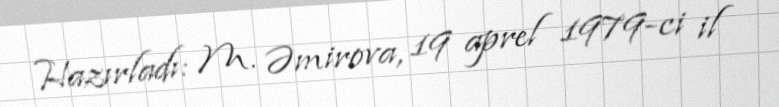
Hazırladı: M. Əmirova, 19 aprel 1979-ci il